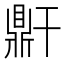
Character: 𪔆